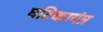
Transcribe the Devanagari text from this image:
घटिकायंत्र